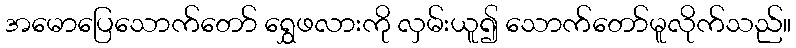
အမောပြေသောက်တော် ရွှေဖလားကို လှမ်းယူ၍ သောက်တော်မူလိုက်သည်။